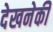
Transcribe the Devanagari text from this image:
देखनेकी